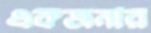
একজনার